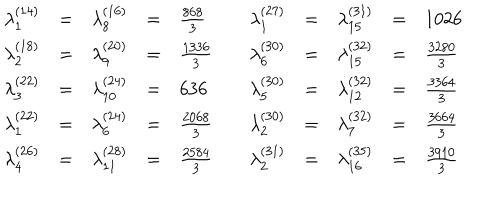
\begin{array} { r c l c l r c l c l } { { \lambda _ { 1 } ^ { ( 1 4 ) } } } & { { = } } & { { \lambda _ { 8 } ^ { ( 1 6 ) } } } & { { = } } & { { \frac { 8 6 8 } { 3 } } } & { { \quad \lambda _ { 1 } ^ { ( 2 7 ) } } } & { { = } } & { { \lambda _ { 1 5 } ^ { ( 3 1 ) } } } & { { = } } & { { 1 0 2 6 } } \\ { { \lambda _ { 2 } ^ { ( 1 8 ) } } } & { { = } } & { { \lambda _ { 9 } ^ { ( 2 0 ) } } } & { { = } } & { { \frac { 1 3 3 6 } { 3 } } } & { { \lambda _ { 6 } ^ { ( 3 0 ) } } } & { { = } } & { { \lambda _ { 1 5 } ^ { ( 3 2 ) } } } & { { = } } & { { \frac { 3 2 8 0 } { 3 } } } \\ { { \lambda _ { 3 } ^ { ( 2 2 ) } } } & { { = } } & { { \lambda _ { 1 0 } ^ { ( 2 4 ) } } } & { { = } } & { { 6 3 6 } } & { { \lambda _ { 5 } ^ { ( 3 0 ) } } } & { { = } } & { { \lambda _ { 1 2 } ^ { ( 3 2 ) } } } & { { = } } & { { \frac { 3 3 6 4 } { 3 } } } \\ { { \lambda _ { 1 } ^ { ( 2 2 ) } } } & { { = } } & { { \lambda _ { 6 } ^ { ( 2 4 ) } } } & { { = } } & { { \frac { 2 0 6 8 } { 3 } } } & { { \lambda _ { 2 } ^ { ( 3 0 ) } } } & { { = } } & { { \lambda _ { 7 } ^ { ( 3 2 ) } } } & { { = } } & { { \frac { 3 6 6 4 } { 3 } } } \\ { { \lambda _ { 4 } ^ { ( 2 6 ) } } } & { { = } } & { { \lambda _ { 1 1 } ^ { ( 2 8 ) } } } & { { = } } & { { \frac { 2 5 8 4 } { 3 } } } & { { \lambda _ { 2 } ^ { ( 3 1 ) } } } & { { = } } & { { \lambda _ { 1 6 } ^ { ( 3 5 ) } } } & { { = } } & { { \frac { 3 9 1 0 } { 3 } } } \\ \end{array}